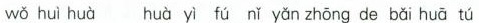
wǒ huì huà huà yì fú nǐ yǎn zhōng de bǎi huā tú